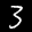
Label: 3